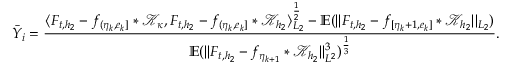
\bar { Y } _ { i } = \frac { \langle F _ { t , { h _ { 2 } } } - f _ { ( \eta _ { k } , e _ { k } ] } \ast \mathcal { K } _ { \kappa } , F _ { t , { h _ { 2 } } } - f _ { ( \eta _ { k } , e _ { k } ] } \ast \mathcal { K } _ { h _ { 2 } } \rangle _ { L _ { 2 } } ^ { \frac { 1 } { 2 } } - \mathbb { E } ( \vert \vert F _ { t , { h _ { 2 } } } - f _ { [ \eta _ { k } + 1 , e _ { k } ] } \ast \mathcal { K } _ { { h _ { 2 } } } \vert \vert _ { L _ { 2 } } ) } { \mathbb { E } ( \vert \vert F _ { t , { h _ { 2 } } } - f _ { \eta _ { k + 1 } } \ast \mathcal { K } _ { h _ { 2 } } \vert \vert _ { L ^ { 2 } } ^ { 3 } ) ^ { \frac { 1 } { 3 } } } .